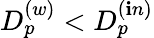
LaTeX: D_{p}^{(w)}<D_{p}^{(\mathbf{i}n)}